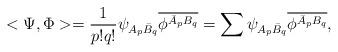
LaTeX: \begin{align*} <\Psi,\Phi> = \dfrac{1}{p!q!}\psi_{A_p\bar{B}_q}\overline{\phi^{\bar{A}_pB_q}} = \sum \psi_{A_p\bar{B}_q}\overline{\phi^{\bar{A}_pB_q}},\end{align*}